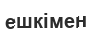
ешкімен